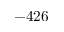
- 4 2 6